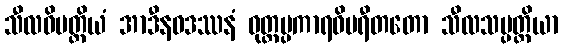
သီလဝိပတ္တိယံ အာဒီနဝဒဿနံ ဝုတ္တပ္ပကာရဝိပရီတတော သီလသမ္ပတ္တိယာ